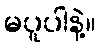
မပူပါနဲ့။